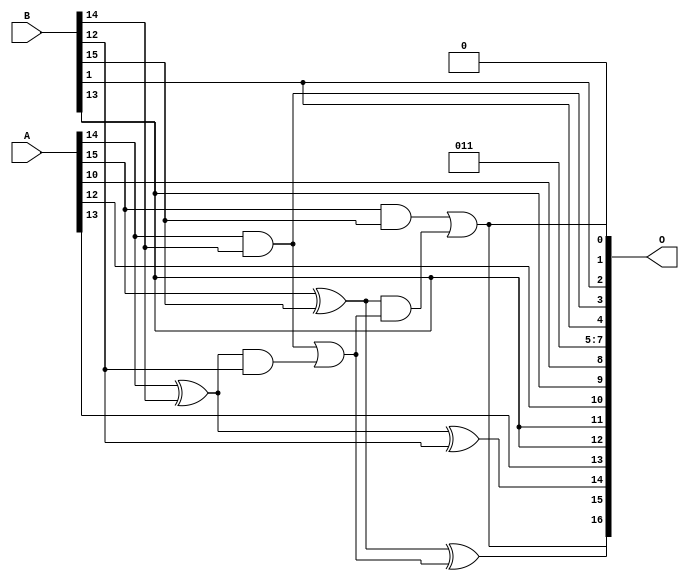
/***
* This code is a part of EvoApproxLib library (ehw.fit.vutbr.cz/approxlib) distributed under The MIT License.
* When used, please cite the following article(s):  
* This file contains a circuit from a sub-set of pareto optimal circuits with respect to the pwr and mse parameters
***/
// MAE% = 4.69 %
// MAE = 6144 
// WCE% = 9.49 %
// WCE = 12444 
// WCRE% = 9500.00 %
// EP% = 100.00 %
// MRE% = 12.64 %
// MSE = 43382.861e3 
// PDK45_PWR = 0.0079 mW
// PDK45_AREA = 20.2 um2
// PDK45_DELAY = 0.19 ns


module add16u_0KC(A, B, O);
  input [15:0] A, B;
  output [16:0] O;
  wire sig_99, sig_101, sig_103, sig_104, sig_105, sig_106;
  assign O[13] = A[13];
  assign O[0] = 1'b0;
  assign O[5] = 1'b1;
  assign O[8] = A[10];
  assign O[6] = 1'b1;
  assign O[10] = A[12];
  assign O[9] = B[13];
  assign O[7] = 1'b0;
  assign sig_99 = A[14] ^ B[14];
  assign O[3] = A[14] & B[14];
  assign sig_101 = sig_99 & B[12];
  assign O[14] = sig_99 ^ B[12];
  assign sig_103 = O[3] | sig_101;
  assign sig_104 = A[15] ^ B[15];
  assign sig_105 = A[15] & B[15];
  assign sig_106 = sig_104 & sig_103;
  assign O[15] = sig_104 ^ sig_103;
  assign O[1] = sig_105 | sig_106;
  assign O[2] = B[1];
  assign O[4] = B[1];
  assign O[11] = B[13];
  assign O[12] = B[13];
  assign O[16] = O[1];
endmodule